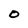
Character: O